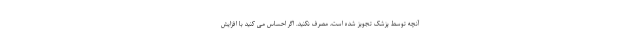
آنچه توسط پزشک تجویز شده است، مصرف نکنید. اگر احساس می کنید با افزایش